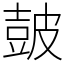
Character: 皷